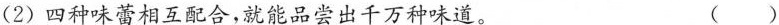
(2) 四种味蕾相互配合，就能品尝出千万种味道。 ( )